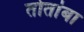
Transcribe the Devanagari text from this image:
तोतांबा